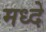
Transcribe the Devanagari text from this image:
मध्दे